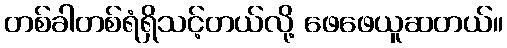
တစ်ခါတစ်ရံရှိသင့်တယ်လို့ ဖေဖေယူဆတယ်။